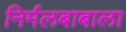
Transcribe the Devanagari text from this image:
निर्मलबाबाला